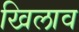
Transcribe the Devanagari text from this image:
खिलाव